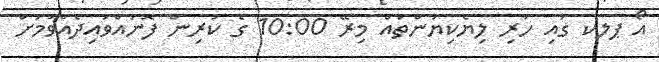
އޯ ޕލކ ގައި ހުރި ލިޔެކިޔުންތައް މިރޭ 10:00 ގެ ކުރިން ފޮނުއްވައިދެއްވުމަށް